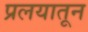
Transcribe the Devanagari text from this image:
प्रलयातून